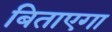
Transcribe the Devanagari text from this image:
बिताएगा